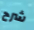
شرح